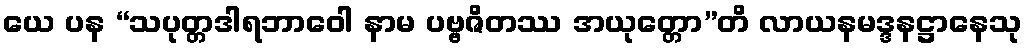
ယေ ပန “သပုတ္တဒါရဘာဝေါ နာမ ပဗ္ဗဇိတဿ အယုတ္တော”တိ လာယနမဒ္ဒနဋ္ဌာနေသု